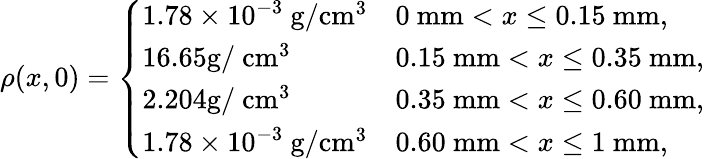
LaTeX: \rho(x,0)=\left\{ \begin{array}{ll}{1.78\times 10^{-3}~\mathrm{g}/\mathrm{cm}^{3}}&{0~\mathrm{mm}<x\leq 0.15~\mathrm{mm},}\\ {16.65\mathrm{g}/~\mathrm{cm}^{3}}&{0.15~\mathrm{mm}<x\leq 0.35~\mathrm{mm},}\\ {2.204\mathrm{g}/~\mathrm{cm}^{3}}&{0.35~\mathrm{mm}<x\leq 0.60~\mathrm{mm},}\\ {1.78\times 10^{-3}~\mathrm{g}/\mathrm{cm}^{3}}&{0.60~\mathrm{mm}<x\leq 1~\mathrm{mm},}\end{array}\right.